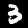
Label: 3